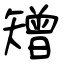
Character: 矰